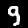
Label: 9